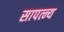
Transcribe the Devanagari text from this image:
सापत्न्य